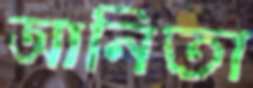
আনিতা